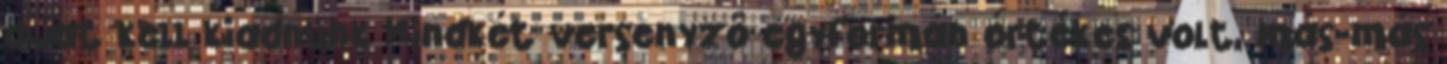
díjat kell kiadnunk Mindkét versenyző egyformán értékes volt, más-más